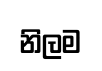
නිලම